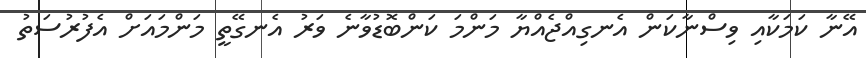
އޭނާ ކަމަކާއި ވިސްނާކަން އެނގިއްޖެއްޔާ މަންމަ ކަންބޮޑުވާނެ ވަރު އެނގޭތީ މަންމައަށް އެފުރުސަތު